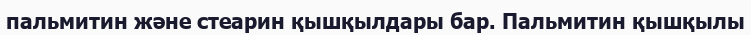
пальмитин және стеарин қышқылдары бар. Пальмитин қышқылы